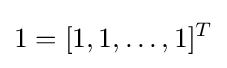
1=[1,1,\ldots ,1]^{T}